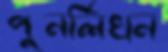
পুনর্লিখন